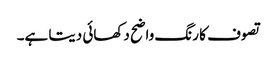
تصوف کا رنگ واضح دکھائی دیتا ہے۔